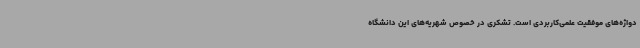
دواژه‌های موفقیت علمی‌کاربردی است. تشکری در خصوص شهریه‌های این دانشگاه